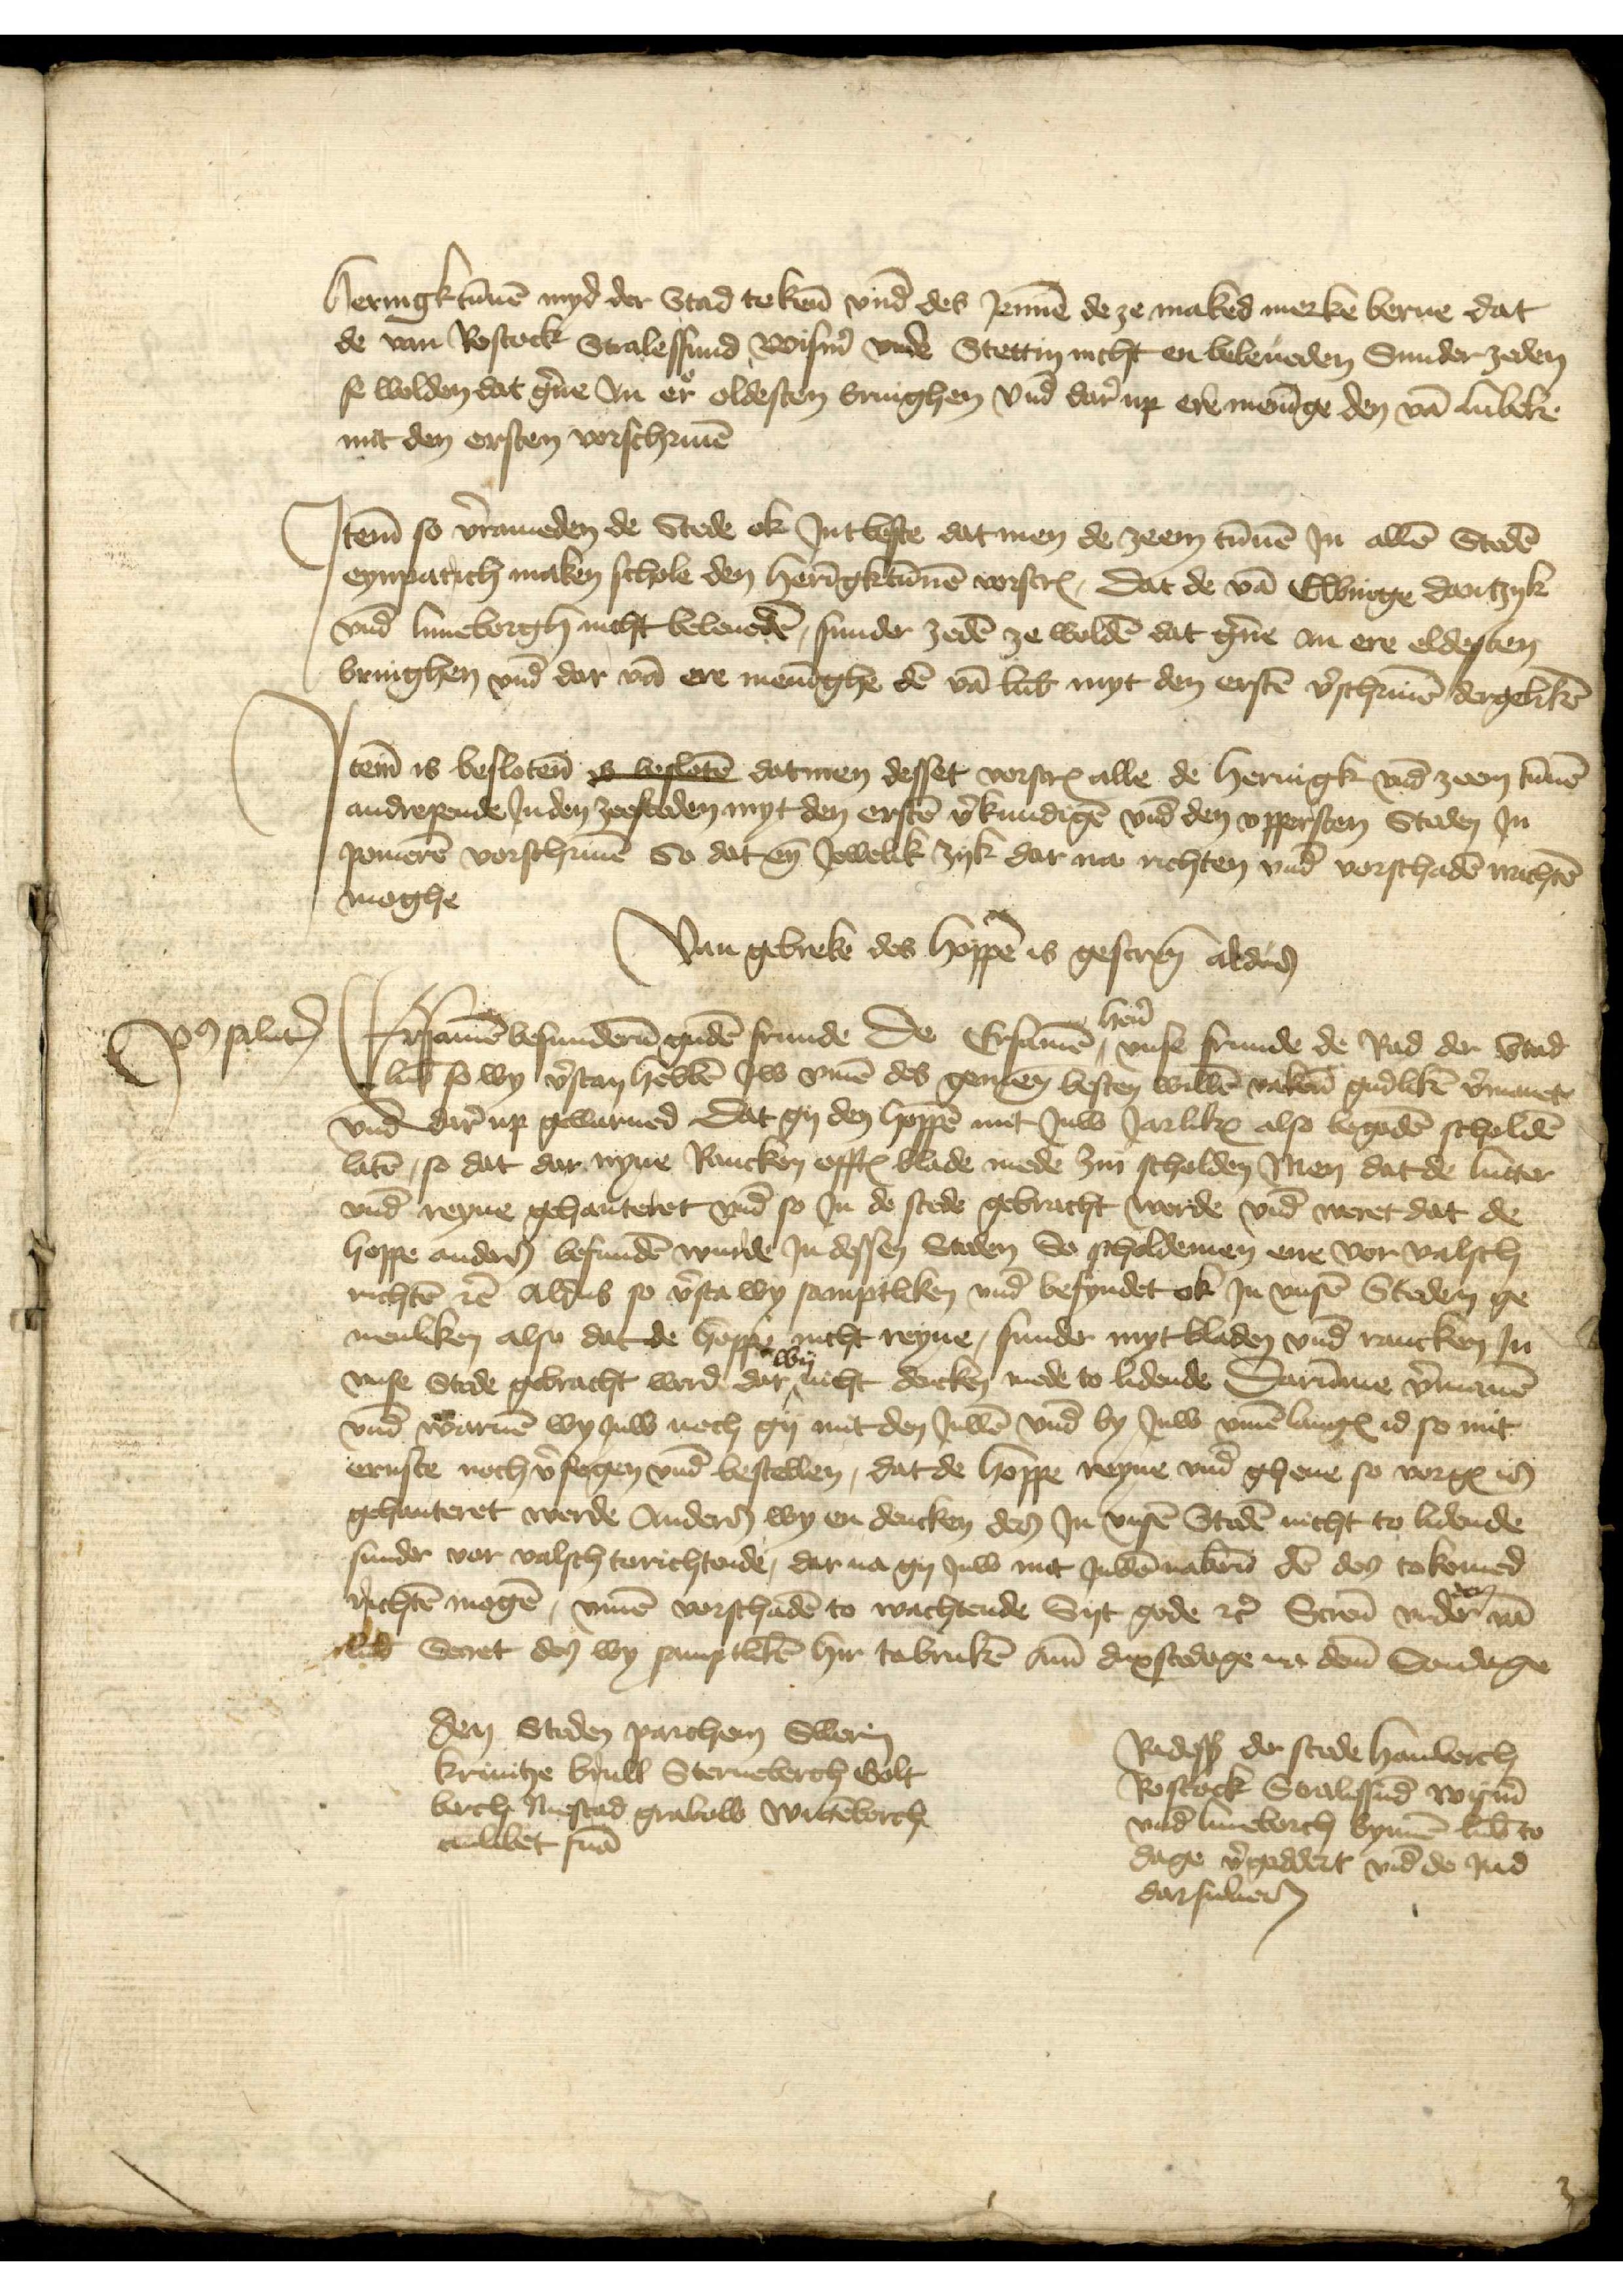
heringktunnen myd der Stad tekenen vnd des Jennen de ze maked merken berne dat
de van Rostock Stralessund Wismer vnde Stettin nicht en beleueden Sunder zeden
se wolden dat gerne Jn er oldesten bringhen vnd dar up ere meninge den van Lubeke
mit den ersten vorschriuen

Jtem so vorrameden de Stede ok Jntbeste dat men de zeem tunnen Jn allen Steden
eynpatich maken schole den Heringktunnen vorscreuen, dat de van Elbinge Dantzyk
vnd Luneborgh nicht beleueden, sunder zeden ze wolden dat gerne Jn ere eldesten
bringhen vnd dar van ere meninghe den van Lubeke myt den ersten vorschriuen dergeliken

Jtem is beslotene Abesleten datmen desset vorscreuen alle de heringk vnd zeem tunnen
andrepende Jn den zeesteden myt den ersten vorkundigen vnd den vppersten Steden Jn
pomeren vorschriuen So dat en Jewelik zyk dar na richten vnd vorschaden nichten
moghe

Radesendeboden der stede Hamborch
Van gebreke des hoppen is gescreuen aldusen
Ersamen besunderen guden frunde de Ersamen heren vnse frunde de Rad der Stad
Lubeke so wy vorstan hebben Jw vmme des gemenen besten willen vaken gudliken vorramet
vnd dar up gewarned Dat gy den hoppen mit Juw Jarliken also begoden scholde
laten, so dat dar nyne Rancken offtes vlade mede zin scholden Men dat de Lutten
vnd reyne gehanteret vnd so Jn de stede gebracht werde vnd weret dat de
hoppe andere besunden wurde Jn dessen Steden So scholdemen ene vor valsch
richten etcetera Aldus so vorsta wy samptliken vnd befyndet ok Jn vnsen Steden ge¬
menliken also dat de hoppe nicht reyne, sunder myt vladen vnd rancken Jn
vnse Stede gebracht werde dar wy nicht dencken mede to lidende Darumme vorramen
vnde waruen wy Juw noch gy mit den Juwen vnd by Juw vmme langes id so mit
ernste noch versogen vnd bestellen, dat de hoppe reyne vnd gheue so vorgeuen is
gehanteret werde Anderen wy en dencken des Jn vnsen Steden nicht to lidende
sunder vor valsch torichtende, dar na gy Juw mit Juwen maken den den tokomed
richten mogen, vmme vorschaden to wachtende Syt gode etcetera Screuen vnder den van
Lubeke Seret des wy samptliken hir tobruken ame dinxstedage na deme Sondage

poslad

den Steden parchen Swerin
Krinitze brull Sterneberch Golt¬
berch Niestad Grubow Wittenborch
ewliket suam

Radesendeboden der stede Hamborch
Rostock Stralessund Wismer
vnd Luneborch bynnen Lubeke to
dage vorgaddert vnd de Rad
darsuluen